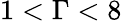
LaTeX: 1<\Gamma<8